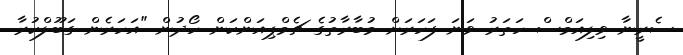
ސެރީނާ ވިލިއަމްސް ހަތަރު ވަނަ ފަހަރަށް މުބާރާތުގެ ޗެމްޕިއަންކަން ހޯދުން "އަހަރެން ގަބޫލްކުރާ